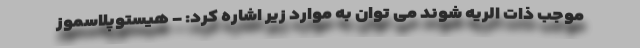
موجب ذات الریه شوند می توان به موارد زیر اشاره کرد: - هیستوپلاسموز